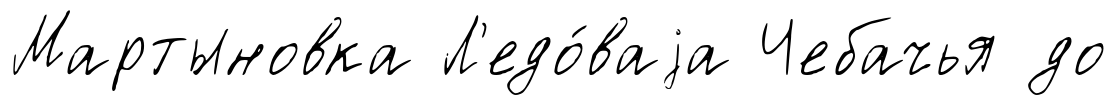
Мартыновка Л'едо́ваjа Чебачья до